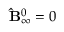
\mathbf { \hat { B } } _ { \infty } ^ { 0 } = 0